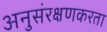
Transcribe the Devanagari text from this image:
अनुसंरक्षणकरता